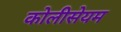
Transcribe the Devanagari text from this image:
कोलीसेयम